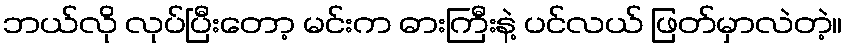
ဘယ်လို လုပ်ပြီးတော့ မင်းက ဓားကြီးနဲ့ ပင်လယ် ဖြတ်မှာလဲတဲ့။